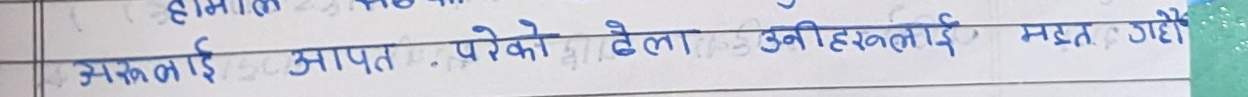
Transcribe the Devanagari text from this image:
अरुलाई आपत परेको बेला उनीहरूलाई मद्दत गरौँ